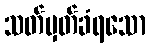
သတ်မှတ်ခံရသော